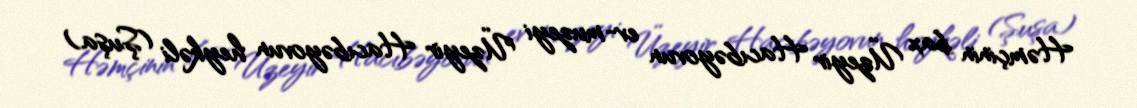
Həmçinin bax Üzeyir Hacıbəyovun ev-muzeyi Üzeyir Hacıbəyovun heykəli (Şuşa)